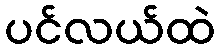
ပင်လယ်ထဲ